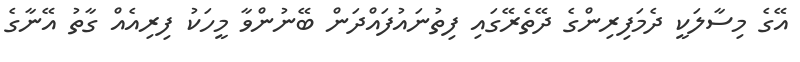
އޭގެ މިސާލަކީ ދެމަފިރިންގެ ދޭތެރޭގައި ފިތުނައުފައްދަން ބޭނުންވާ މީހަކު ފިރިއެއް ގާތު އޭނާގެ